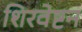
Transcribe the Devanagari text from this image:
शिरवेष्टन